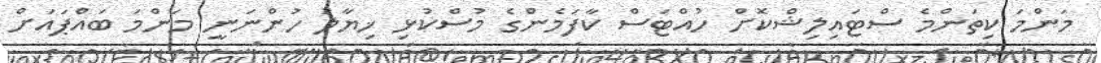
މަންމަ ކިތަންމެ ސްޓައިލިޝްކޮށް ހުއްޓަސް ކާފަމެންގެ މުސްކުޅި ޚިޔާލު ހުންނަނީ މަންމަ ބައްޕައަށް